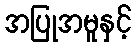
အပြုအမူနှင့်